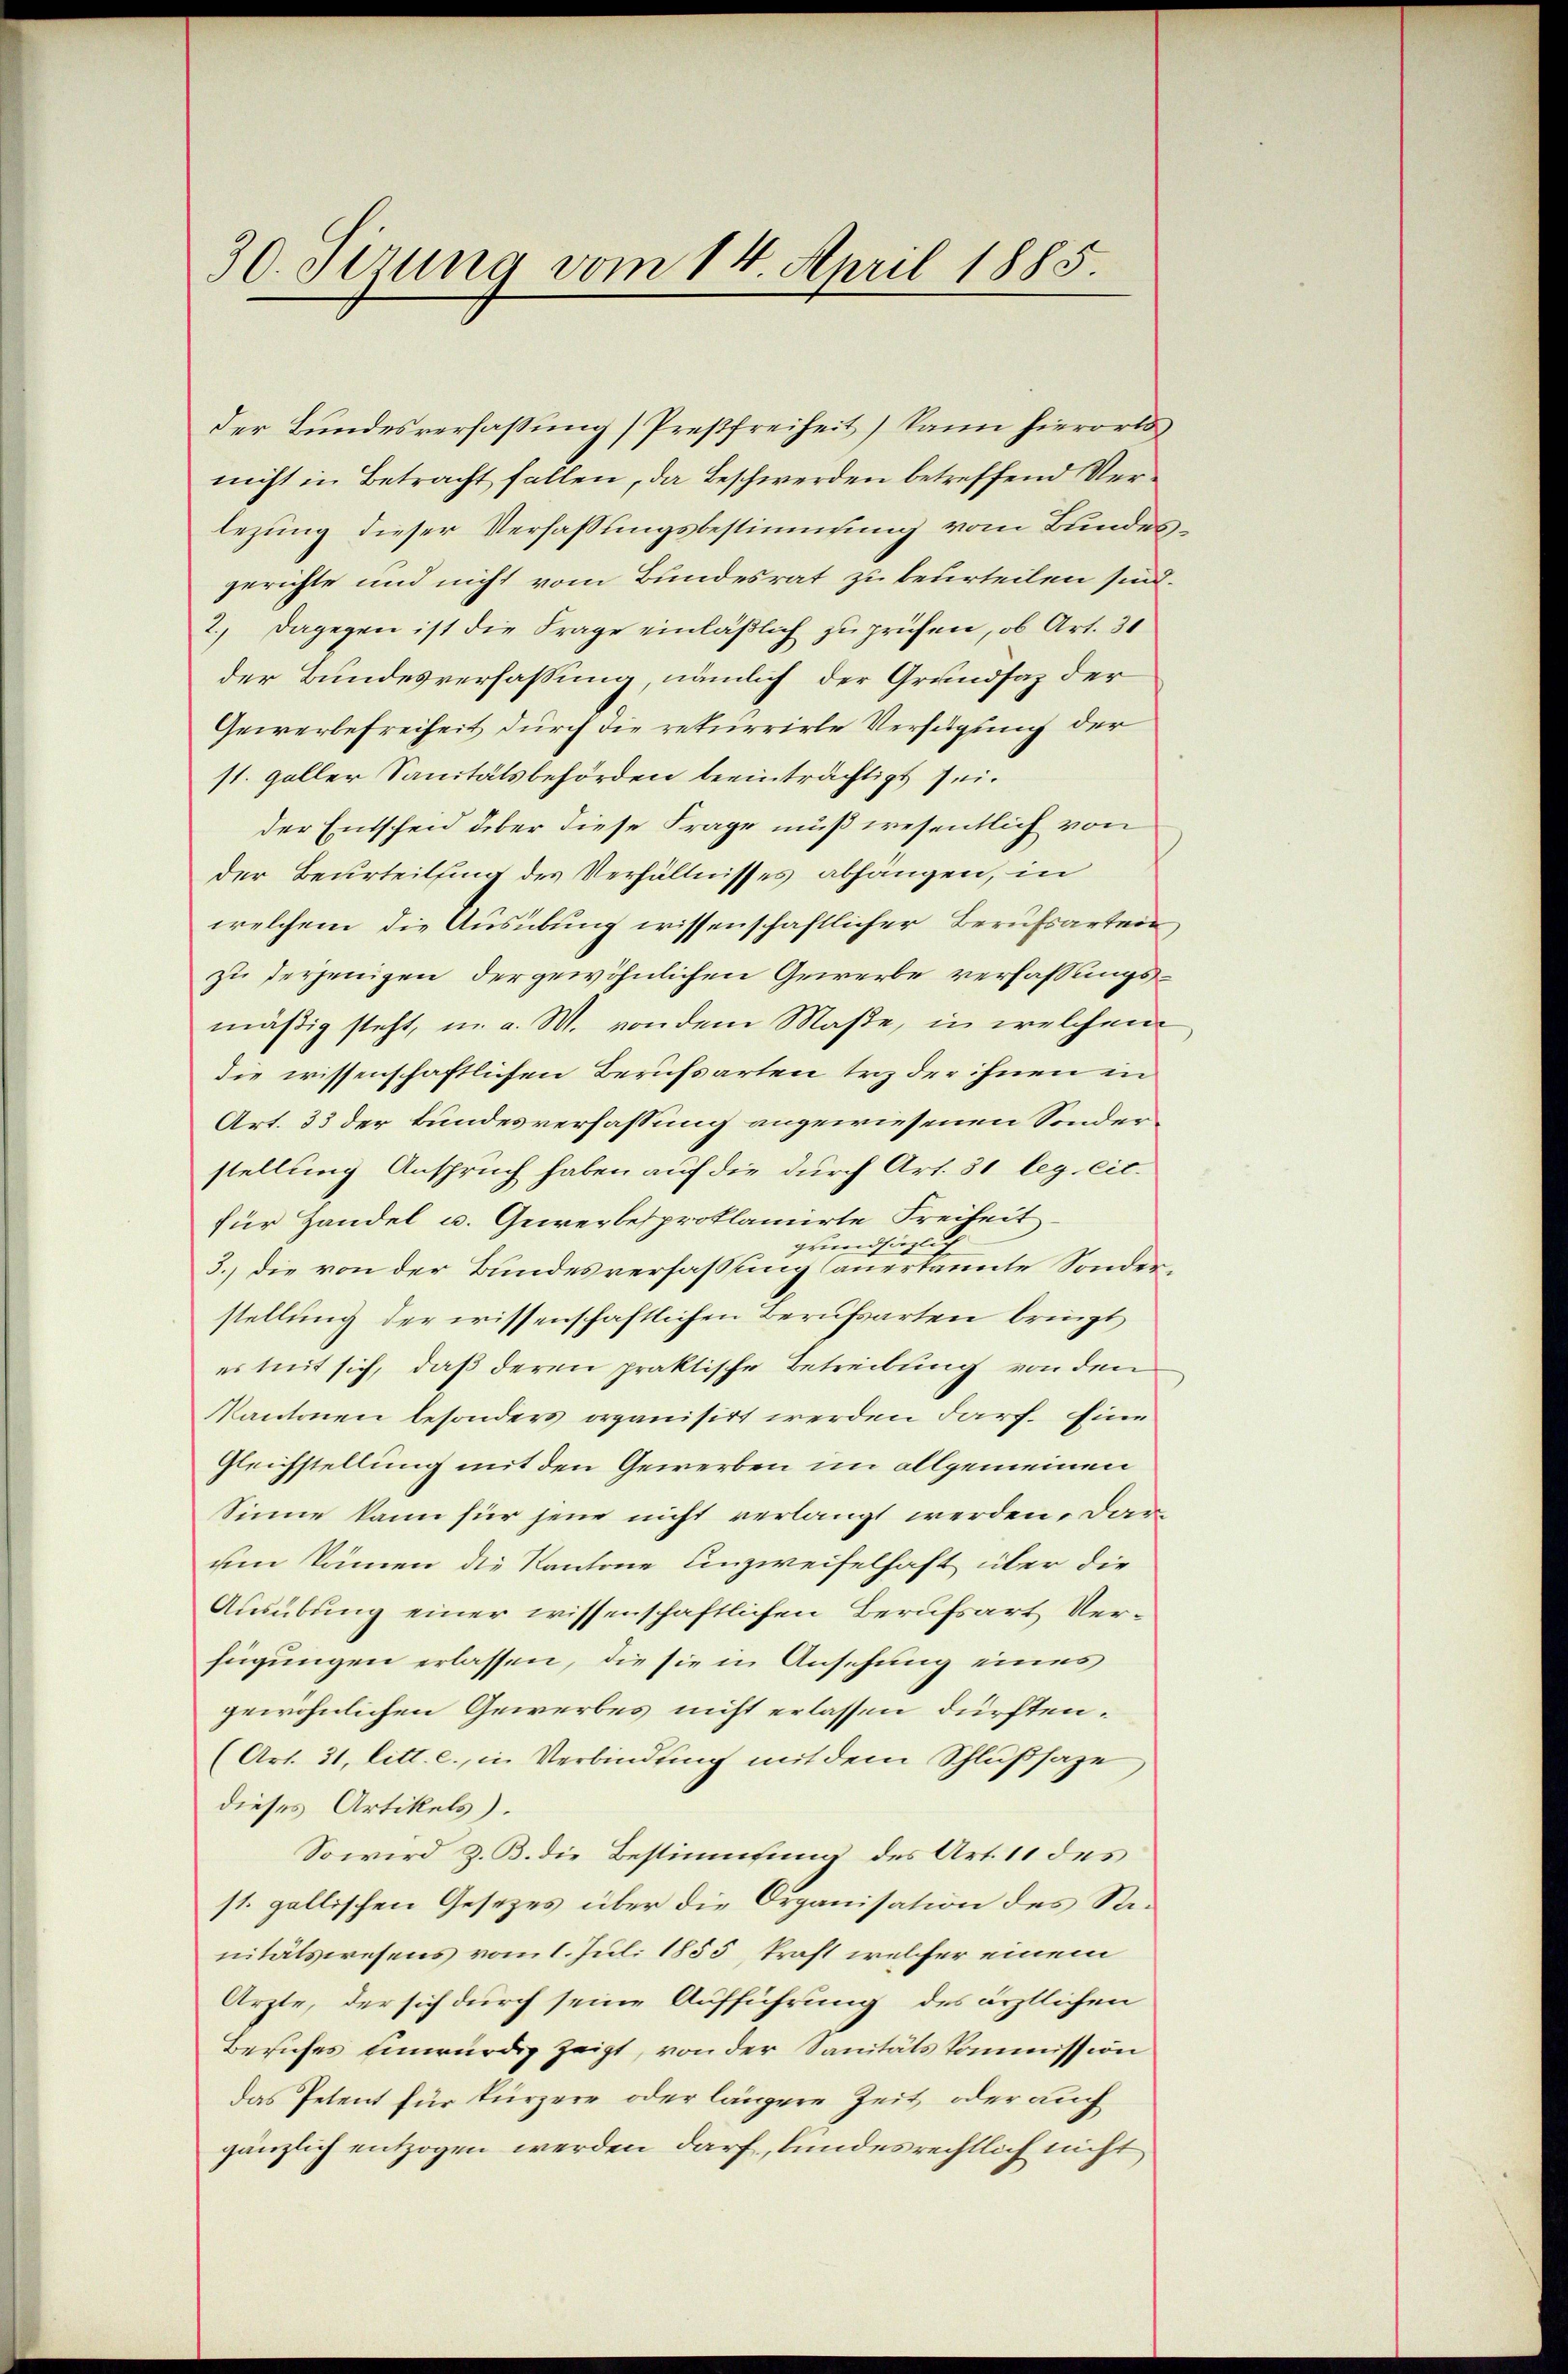
30. Sizung vom 14. April 1885.

der Bundesverfassung Preßfreiheit) kann hierorts
nicht in Betracht fallen, da Beschwerden betreffend Verlezung dieser Verfassungsbestimmung vom Bundesgerichte und nicht vom Bundesrat zu beurteilen sind.
2. Dagegen ist die Frage einläßlich zu prüfen, ob Art. 31
der Bundesverfassung, nämlich der Grundsaz der
Gewerbefreiheit durch die rekurrirte Verfügung der
st. Galler Sanitätsbehörden beeinträchtigt sei.
der Entscheid über diese Frage muß wesentlich von
der Beurteilung des Verhältnisses abhängen, in
welchem die Ausübung wissenschaftlicher Berufsarten,
zu derjenigen der gewöhnlichen Gewerbe verfassungsmäßig steht, u. a. W. von dem Maße, in welchen
die wissenschaftlichen Berufsarten triz der ihnen in
Art. 33 der Bundesverfassung angewiesenen Sonderstellung Anspruch haben auf die durch Art. 31 leg. cit.
für Handel u. Gurerbesproklamirte Freiheit.
grundsätzli
3.) die von der Bundesverfassung (anerkannte Sonderstellung der wissenschaftlichen Berufsarten bringt
es mit sich, daß deren praktische Betreibung von den
Kantonen besonders organisirt werden darf. Eine
Gleichstellung mit den Gewerben im allgemeinen
Sinne kann für jene nicht verlangt werden, darum können die Kantone Unzweifelhaft über die
Ausübung einer wissenschaftlichen Berufsart Verfügungen erlassen, die sie in Ansehung eines
gewöhnlichen Gewerbes nicht erlassen dürften.
(Art. 31, litt. c., in Verbindung mit dem Schlußsaze
dieses Artikels.
So wird z. B. die Bestimufung des Art. 11 des
st. gallischen Gesetzes über die Organisation des Renitätswesens vom 1. Juli 1855, kraft welcher einem
Arzte, der sich durch seine Aufführung des ärztlichen
Besuches einwürdig zeigt, von der Sanitätskommission
das Petent für kürzere oder längere Zeit oder auch
gänzlich entzogen werden darf, bundesrechtlich nicht

¬